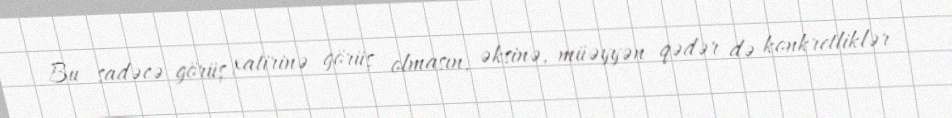
Bu sadəcə görüş xatirinə görüş olmasın, əksinə, müəyyən qədər də konkretliklər